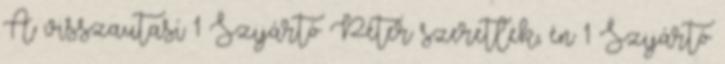
A visszautasí 1 Szijártó Péter szeretlek, én 1 Szijártó